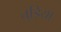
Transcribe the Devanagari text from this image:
तुड़िया